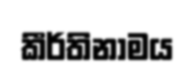
කීර්තිනාමය